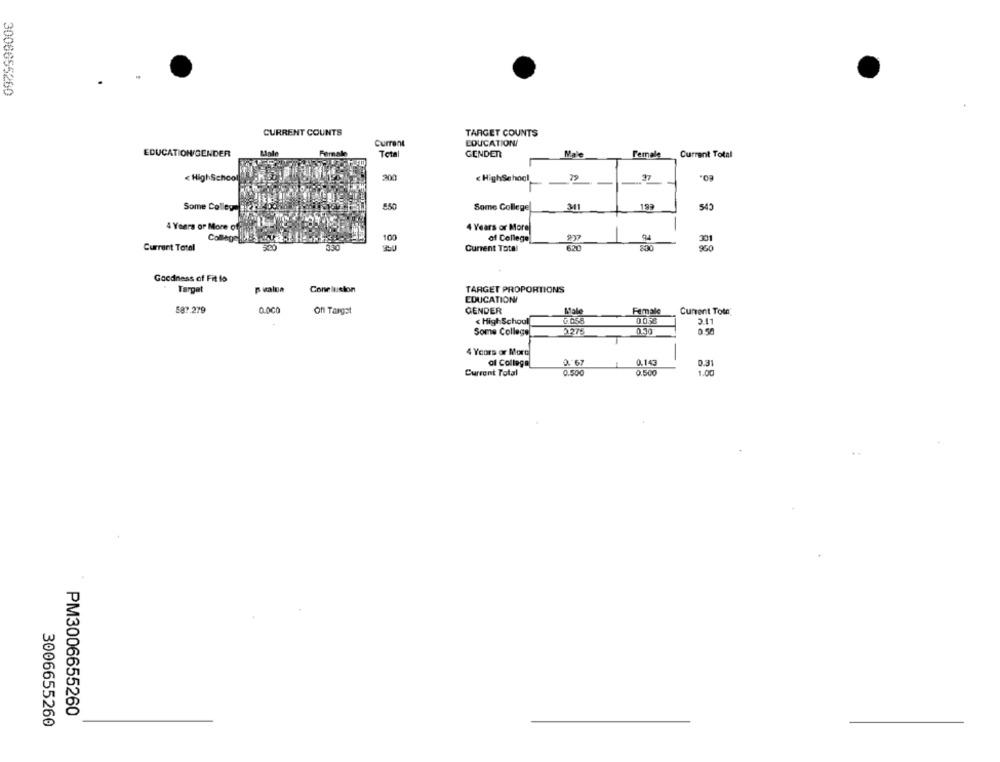
3006655260
CURRENT COUNTS
TARGET COUNTS
Current
EDUCATION/
EDUCATION GENDER
Mande
Female
Total
GENDER
Male
Female
Current Total
200
< HighSchool
< HighSchool
29
37
19ª
545
Some CollegeE
Some College
341
4 Years of More of
4 Years or More
100
of College
301
Current Total
330
Current Total
950
Goodness of Fit lo
Target
p value
Conclusion
TARGET PROPORTIONS
EDUCATIONI
587.279
Off Target
GENDER
Male
Female
Cument Toto'
< High School
0.05.8
0.058
2.41
Some College
2275
4 Years or More
al Collega
2. 67
0.143
0.31
Current Total
0.500
0.500
1.00
PM3006655260
3006655260